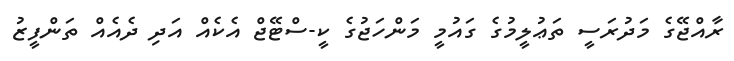
ރާއްޖޭގެ މަދުރަސީ ތަޢުލީމުގެ ގައުމީ މަންހަޖުގެ ކީ-ސްޓޭޖް އެކެއް އަދި ދެއެއް ތަންފީޒު